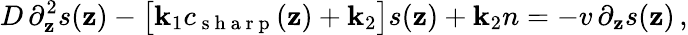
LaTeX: D\, \partial_{\mathbf{z}}^{2}s(\mathbf{z})-\bigl[\mathbf{k}_{1}c_{\mathrm{{~s~h~a~r~p~}}}(\mathbf{z})+\mathbf{k}_{2}\bigr]s(\mathbf{z})+\mathbf{k}_{2}n=-v\, \partial_{\mathbf{z}}s(\mathbf{z})\, ,